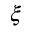
\xi